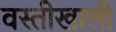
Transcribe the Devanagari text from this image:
वस्तीखाली